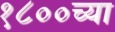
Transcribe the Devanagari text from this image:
१८००च्या